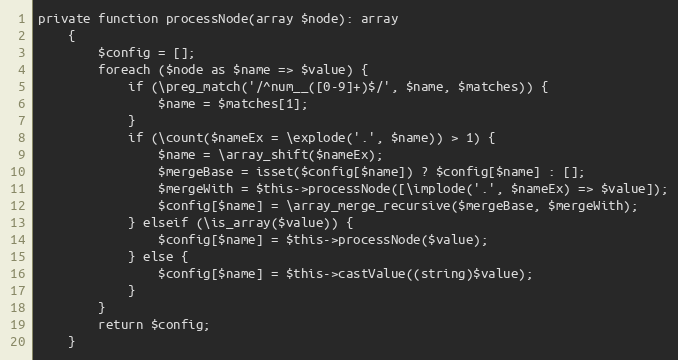
Language: PHP
private function processNode(array $node): array
    {
        $config = [];
        foreach ($node as $name => $value) {
            if (\preg_match('/^num__([0-9]+)$/', $name, $matches)) {
                $name = $matches[1];
            }
            if (\count($nameEx = \explode('.', $name)) > 1) {
                $name = \array_shift($nameEx);
                $mergeBase = isset($config[$name]) ? $config[$name] : [];
                $mergeWith = $this->processNode([\implode('.', $nameEx) => $value]);
                $config[$name] = \array_merge_recursive($mergeBase, $mergeWith);
            } elseif (\is_array($value)) {
                $config[$name] = $this->processNode($value);
            } else {
                $config[$name] = $this->castValue((string)$value);
            }
        }
        return $config;
    }